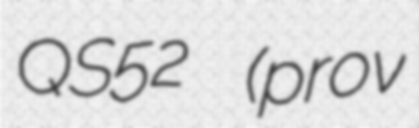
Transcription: QS52 (prov